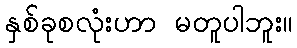
နှစ်ခုစလုံးဟာ မတူပါဘူး။